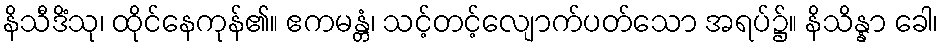
နိသီဒိံသု၊ ထိုင်နေကုန်၏။ ဧကမန္တံ၊ သင့်တင့်လျောက်ပတ်သော အရပ်၌။ နိသိန္နာ ခေါ၊